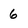
Character: 6